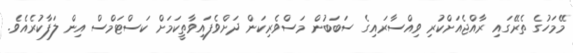
މޭމަހުގެ ތެރޭގައި ރާއްޖެއަށްކުރި ވިއްސާރައިގެ ސަބަބުން މަސްވެރިކަން ދަށްވެފައިވާތީކަމަށް ކަސްޓަމްސް އިން ލަފާކުރެއެވެ.